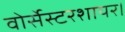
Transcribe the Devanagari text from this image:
वोर्सेस्टरशायर।